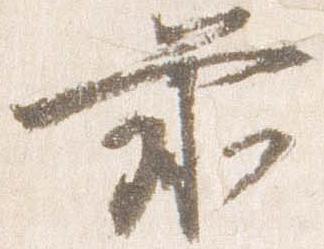
前